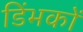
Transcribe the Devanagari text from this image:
डिंभकों